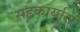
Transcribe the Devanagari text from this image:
सहकार्यास